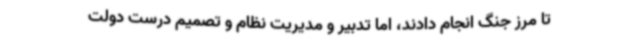
تا مرز جنگ انجام دادند، اما تدبیر و مدیریت نظام و تصمیم درست دولت